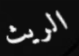
الريث